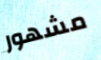
مشهور